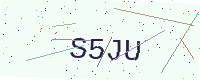
Text: S5JU